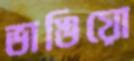
ভাঙিয়ো